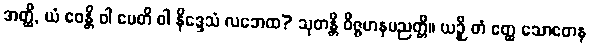
အတ္ထိ, ယံ ဧဝန္တိ ဝါ မေတိ ဝါ နိဒ္ဒေသံ လဘေထ? သုတန္တိ ဝိဇ္ဇမာနပညတ္တိ။ ယဉှိ တံ ဧတ္ထ သောတေန